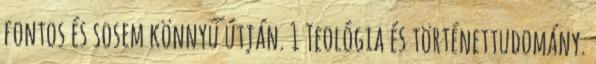
fontos és sosem könnyű útján. 1 Teológia és történettudomány.